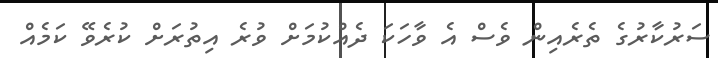
ސަރުކާރުގެ ތެރެއިން ވެސް އެ ވާހަކަ ދެއްކުމަށް ވުރެ އިތުރަށް ކުރެވޭ ކަމެއް